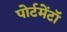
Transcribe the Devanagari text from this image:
पोर्टमेंटॉ